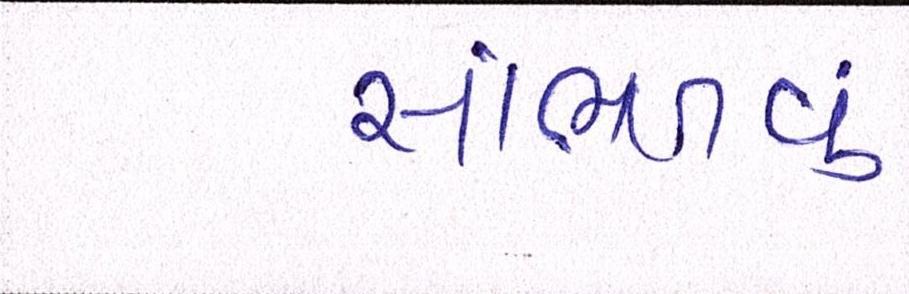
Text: સાંભળવું